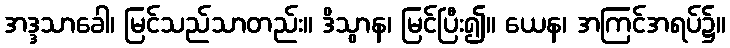
အဒ္ဒသာခေါ၊ မြင်သည်သာတည်း။ ဒိသွာန၊ မြင်ပြီး၍။ ယေန၊ အကြင်အရပ်၌။